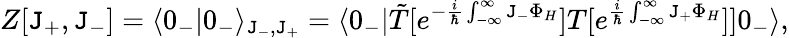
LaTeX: Z[\mathtt{J}_{+},\mathtt{J}_{-}]=\langle0_{-}|0_{-}\rangle_{\mathtt{J}_{-},\mathtt{J}_{+}}=\langle0_{-}|\tilde{{T}}[e^{-\frac{{i}}{{\hbar}}\int_{-\infty}^{\infty}\mathtt{J}_{-}\Phi_{H}}]T[e^{\frac{{i}}{{\hbar}}\int_{-\infty}^{\infty}\mathtt{J}_{+}\Phi_{H}}]]0_{-}\rangle,